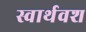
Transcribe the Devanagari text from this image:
स्वार्थवश